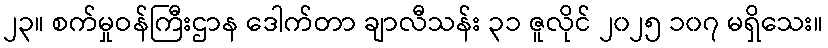
၂၃။ စက်မှုဝန်ကြီးဌာန ဒေါက်တာ ချာလီသန်း ၃၁ ဇူလိုင် ၂၀၂၅ ၁၀၇ မရှိသေး။